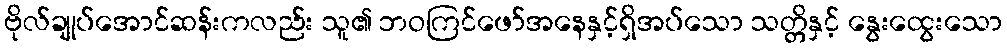
ဗိုလ်ချုပ်အောင်ဆန်းကလည်း သူ၏ ဘဝကြင်ဖော်အနေနှင့်ရှိအပ်သော သတ္တိနှင့် နွေးထွေးသော